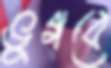
ভুগবে